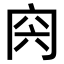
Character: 𠕜